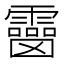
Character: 𩆒